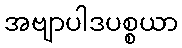
အဗျာပါဒပစ္စယာ